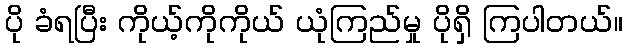
ပို ခံရပြီး ကိုယ့်ကိုကိုယ် ယုံကြည်မှု ပိုရှိ ကြပါတယ်။